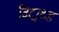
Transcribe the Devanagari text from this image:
विट्राथ्ड